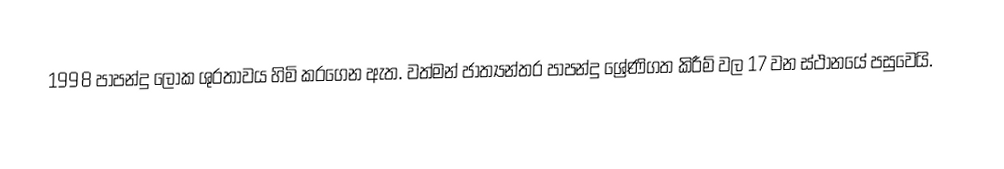
1998 පාපන්දු ලෝක ශුරතාවය හිමි කරගෙන ඇත. වත්මන් ජාත්‍යන්තර පාපන්දු ශ්‍රේණිගත කිරීම් වල 17 වන ස්ථානයේ පසුවෙයි.